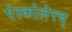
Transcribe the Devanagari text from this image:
पेरकोलेत्त्द्